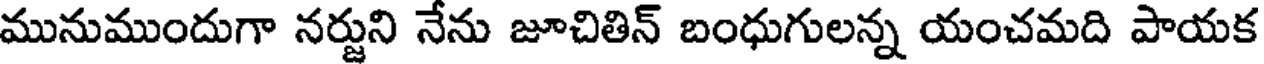
మునుముందుగా నర్జుని నేను జూచితిన్ బంధుగులన్న యంచమది పాయక